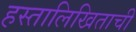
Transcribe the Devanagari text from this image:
हस्तालिखिताची